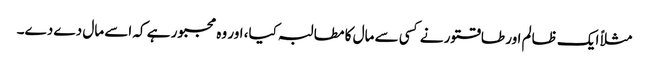
مثلاً ایک ظالم اور طاقتور نے کسی سے مال کا مطالبہ کیا، اور وہ مجبور ہے کہ اسے مال دے دے۔